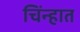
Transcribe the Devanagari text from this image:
चिंन्हात